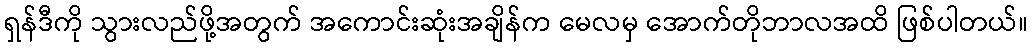
ရှန်ဒီကို သွားလည်ဖို့အတွက် အကောင်းဆုံးအချိန်က မေလမှ အောက်တိုဘာလအထိ ဖြစ်ပါတယ်။